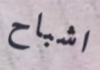
اشباح